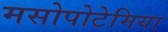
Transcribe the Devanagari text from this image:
मसोपोटेमिया